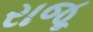
રાજૂ